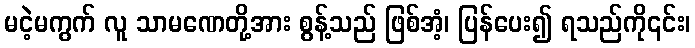
မငဲ့မကွက် လူ သာမဏေတို့အား စွန့်သည် ဖြစ်အံ့၊ ပြန်ပေး၍ ရသည်ကို၎င်း၊